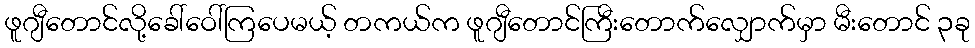
ဖူဂျီတောင်လို့ခေါ်ဝေါ်ကြပေမယ့် တကယ်က ဖူဂျီတောင်ကြီးတောက်လျှောက်မှာ မီးတောင် ၃ခု